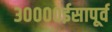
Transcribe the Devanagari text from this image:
३००००ईसापूर्व